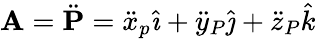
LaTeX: \mathbf{A}={\ddot{\mathbf{P}}}={\ddot{x}}_{p}{\hat{\imath}}+{\ddot{y}}_{P}{\hat{\jmath}}+{\ddot{z}}_{P}{\hat{k}}